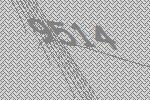
9514